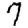
Digit: 7